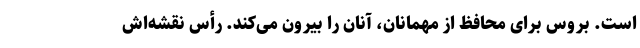
است. بروس برای محافظ از مهمانان، آنان را بیرون می‌کند. رأس نقشه‌اش